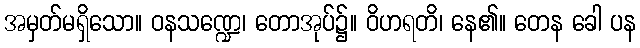
အမှတ်မရှိသော။ ဝနသဏ္ဍေ၊ တောအုပ်၌။ ဝိဟရတိ၊ နေ၏။ တေန ခေါ ပန